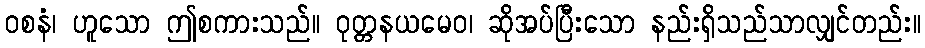
ဝစနံ၊ ဟူသော ဤစကားသည်။ ဝုတ္တနယမေဝ၊ ဆိုအပ်ပြီးသော နည်းရှိသည်သာလျှင်တည်း။